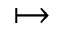
\mapsto